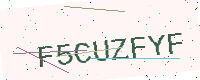
Text: F5CUZFYF